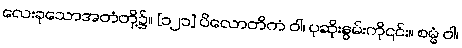
လေးခုသောအတံတို့၌။ [၁၂၁] ပိလောတိကံ ဝါ၊ ပုဆိုးနွမ်းကို၎င်း။ စမ္မံ ဝါ၊